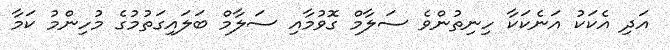
އަދި އެކަކު އަނެކަކާ ހިނިތުންވެ ސަލާމް ގޮވުމާއި ސަލާމް ބަލައިގަތުމުގެ މުހިންމު ކަމާ